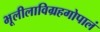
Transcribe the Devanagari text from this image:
भूलीलाविग्रहगोपालं